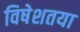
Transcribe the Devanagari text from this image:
विषेशतया